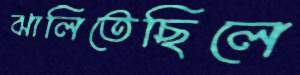
ঝালিতেছিলে